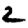
Digit: 2